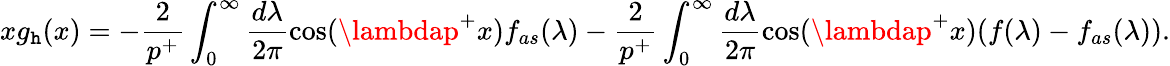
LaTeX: xg_{\mathtt{h}}(x)=-\frac{{2}}{{p^{+}}}\int_{0}^{\infty}\frac{{d\lambda}}{{2\pi}}\cos(\lambdap^{+}x)f_{as}(\lambda)-\frac{{2}}{{p^{+}}}\int_{0}^{\infty}\frac{{d\lambda}}{{2\pi}}\cos(\lambdap^{+}x)(f(\lambda)-f_{as}(\lambda)).